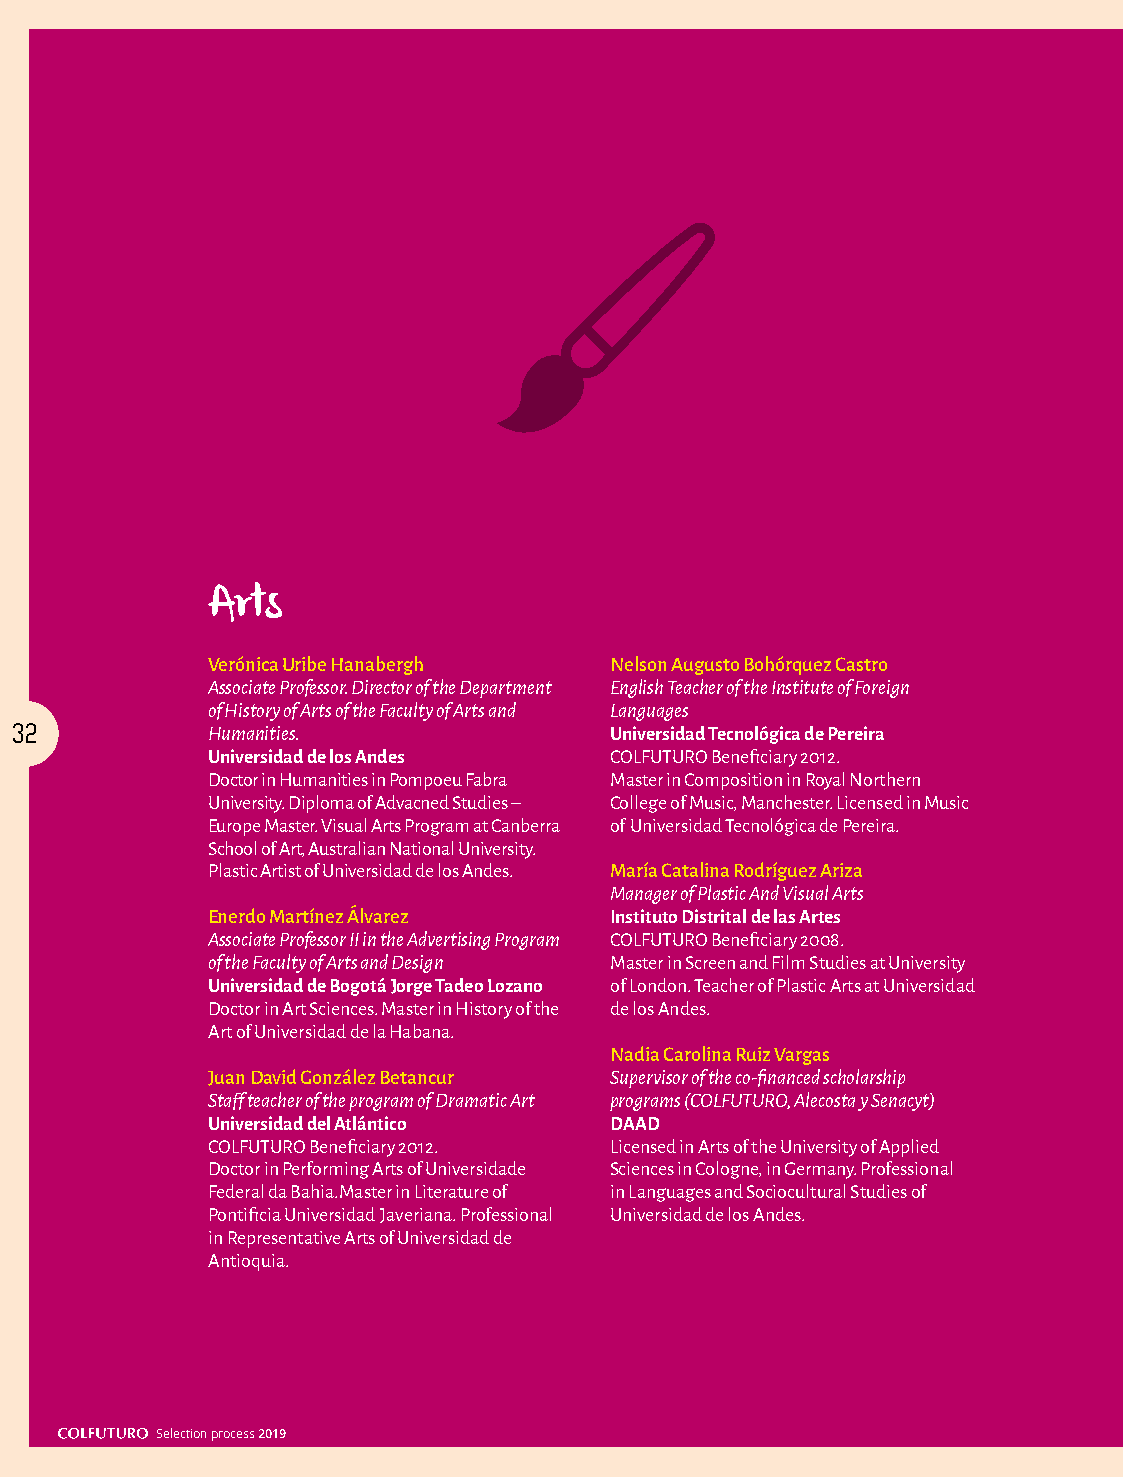
Arts
 Verónica Uribe Hanabergh  Nelson Augusto Bohórquez Castro
 Associate Professor. Director of the Department English Teacher of the Institute of Foreign
 of History of Arts of the Faculty of Arts and Languages
 32           Humanities.               Universidad Tecnológica de Pereira
 Universidad de los Andes  COLFUTURO Beneficiary 2012.
 Doctor in Humanities in Pompoeu Fabra Master in Composition in Royal Northern
 University. Diploma of Advacned Studies – College of Music, Manchester. Licensed in Music
 Europe Master. Visual Arts Program at Canberra of Universidad Tecnológica de Pereira.
 School of Art, Australian National University.
 Plastic Artist of Universidad de los Andes. María Catalina Rodríguez Ariza
 Manager of Plastic And Visual Arts
 Enerdo Martínez Álvarez   Instituto Distrital de las Artes
 Associate Professor II in the Advertising Program COLFUTURO Beneficiary 2008.
 of the Faculty of Arts and Design Master in Screen and Film Studies at University
 Universidad de Bogotá Jorge Tadeo Lozano of London. Teacher of Plastic Arts at Universidad
 Doctor in Art Sciences. Master in History of the de los Andes.
 Art of Universidad de la Habana.
 Nadia Carolina Ruiz Vargas
 Juan David González Betancur Supervisor of the co-financed scholarship
 Staff teacher of the program of Dramatic Art programs (COLFUTURO, Alecosta y Senacyt)
 Universidad del Atlántico DAAD
 COLFUTURO Beneficiary 2012. Licensed in Arts of the University of Applied
 Doctor in Performing Arts of Universidade Sciences in Cologne, in Germany. Professional
 Federal da Bahia.Master in Literature of in Languages and Sociocultural Studies of
 Pontificia Universidad Javeriana. Professional Universidad de los Andes.
 in Representative Arts of Universidad de
 Antioquia.
 Selection process 2019